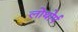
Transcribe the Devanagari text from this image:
लोथोर्प